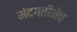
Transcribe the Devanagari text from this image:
मंदगतीनेच